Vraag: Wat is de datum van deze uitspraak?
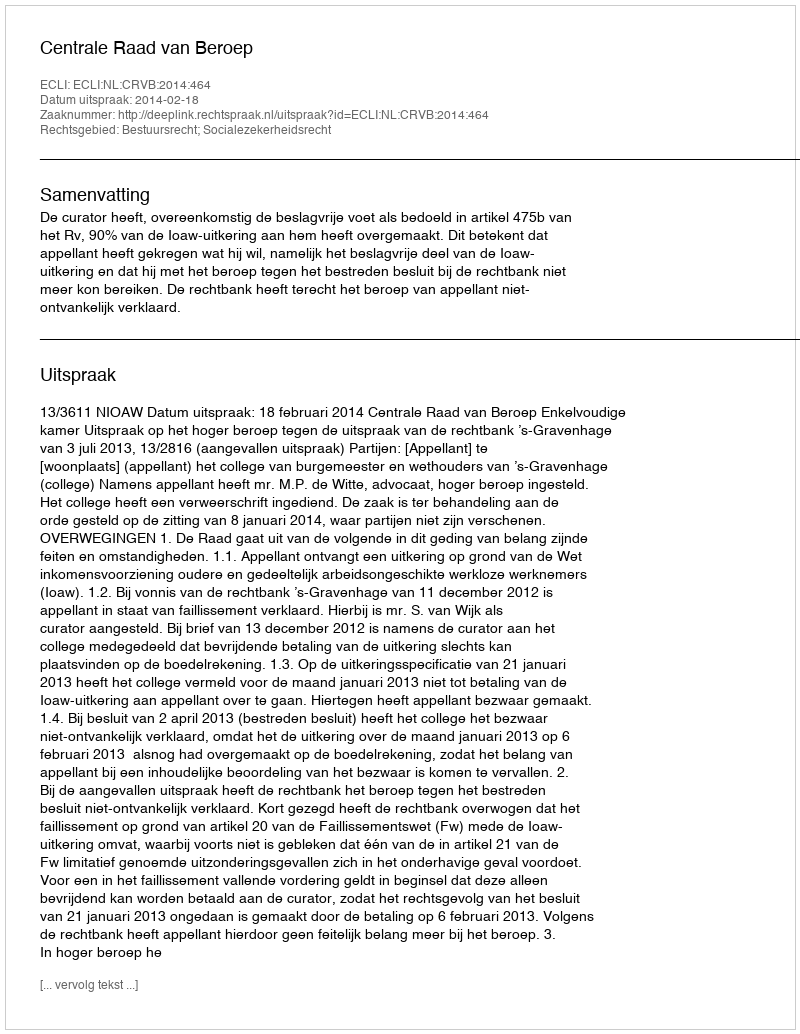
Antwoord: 2014-02-18